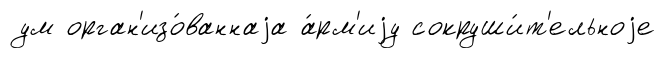
ум орган'изо́ваннаjа а́рм'иjу сокруши́т'ельноjе